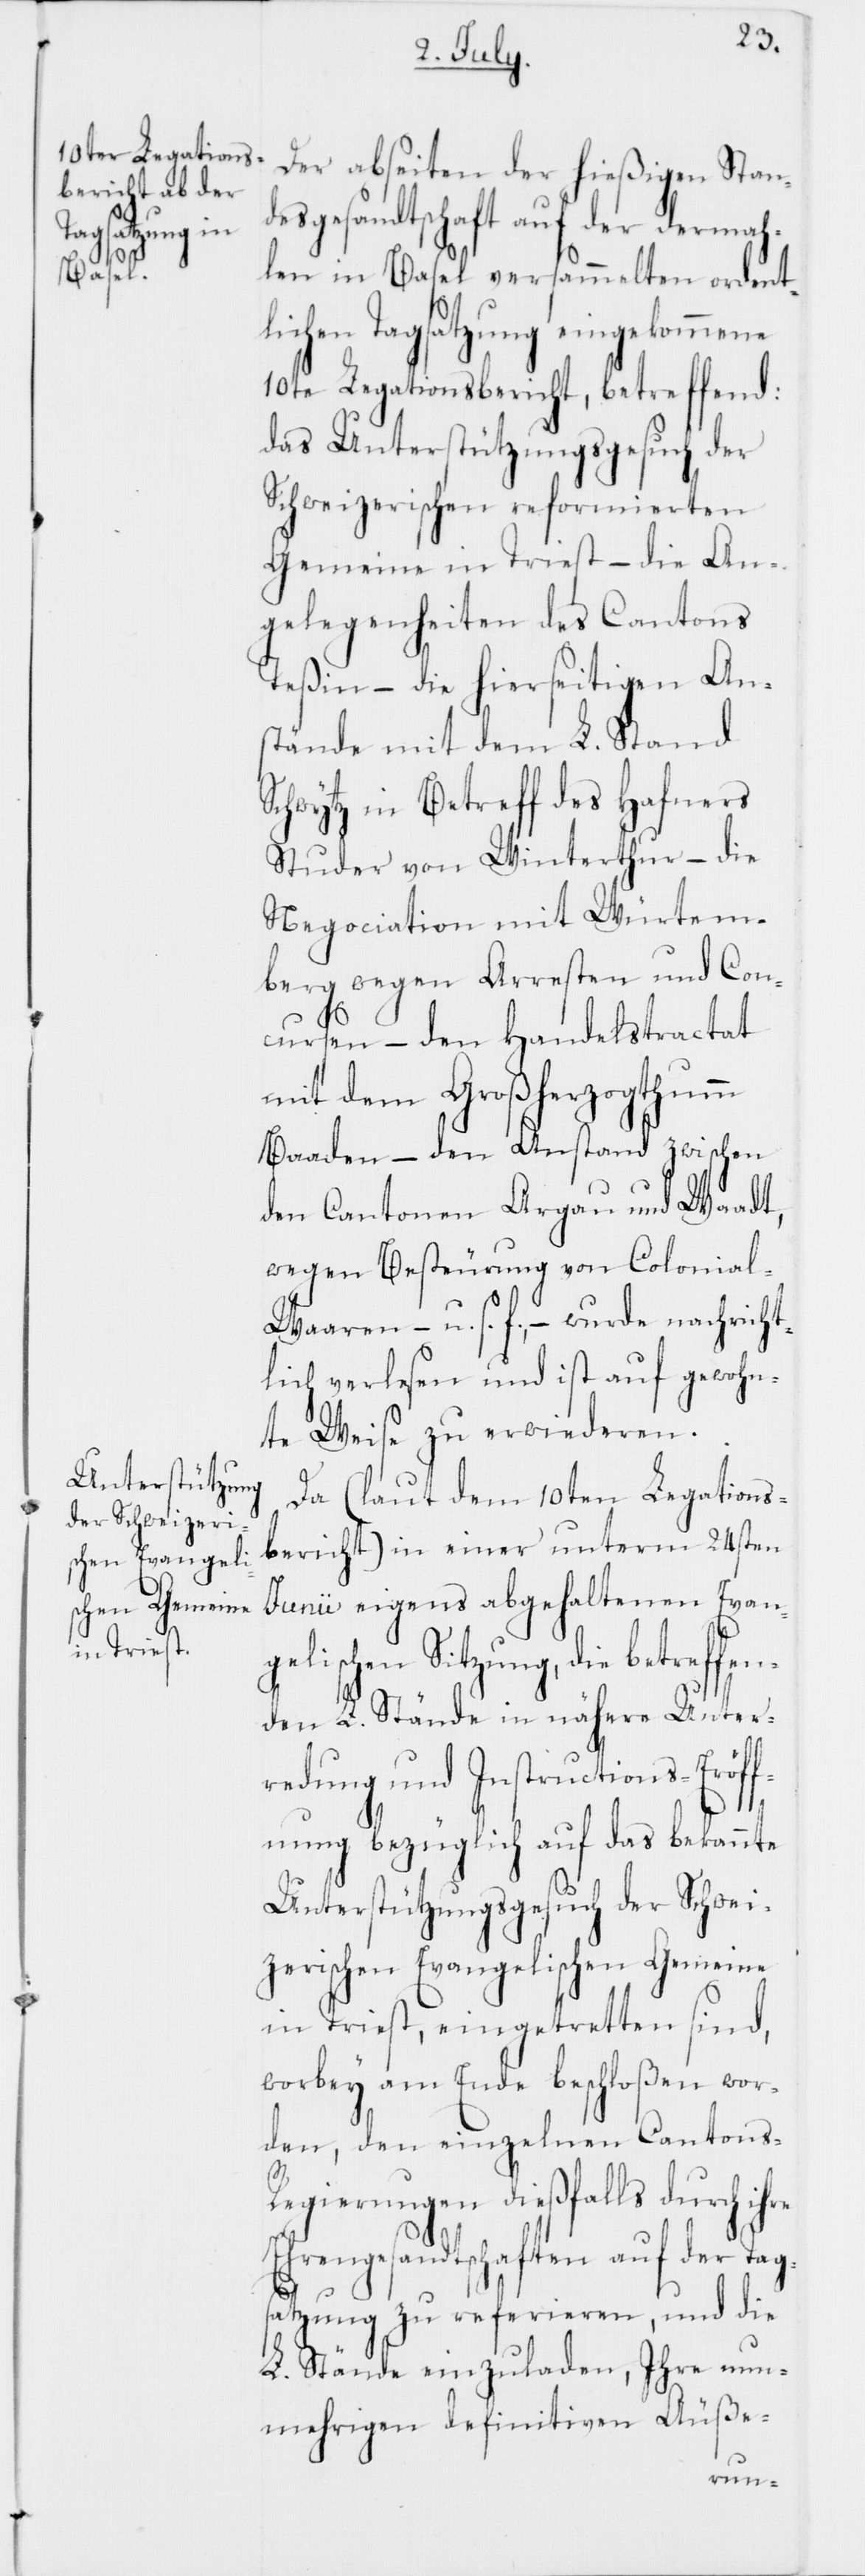
Der abseiten der hießigen Stan¬
desgesandtschaft auf der dermah¬
len in Basel versammelten ordent¬
lichen Tagsatzung eingekommene
10te Legationsbericht, betreffend:
das Unterstützungsgesuch der
Schweizerischen reformierten
Gemeinde in Triest – die An¬
gelegenheiten des Cantons
Teßin – die hierseitigen An¬
stände mit dem L. Stand
Schwytz in Betreff des Hafners
Studer von Winterthur – die
Negociation mit Würtem¬
berg wegen Arresten und Con¬
cursen – den Handelstractat
mit dem Großherzogthumm
Baaden – den Anstand zwischen
den Cantonen Argau und Waadt,
wegen Besteurung von Colonia¬
l-Waren – u. s. f., – wurde nachricht¬
lich verlesen und ist auf gewohn¬
te Weise zu erwiederen.
Da (laut dem 10ten Legations¬
bericht) in einer unterm 24sten
Junii eigens abgehaltenen Evang¬
elischen Sitzung, die betre¬
den L. Stände in nähere Unter¬
redung und Instructions-Eröff¬
nung bezüglich auf das bekannte
Unterstützungsgesuch der Schwei¬
zerischen Evangelischen Gemeine
in Triest, eingetretten sind,
worbey am Ende beschloßen wor¬
den, den einzelnen Cantons-R¬
egierungen dießfalls durch
Ehrengesandtschaften auf der Tags¬
atzung zu referieren, und die
L. Stände einzuladen, Ihre nun¬
mehrigen definitiven Äuße-
ffen¬